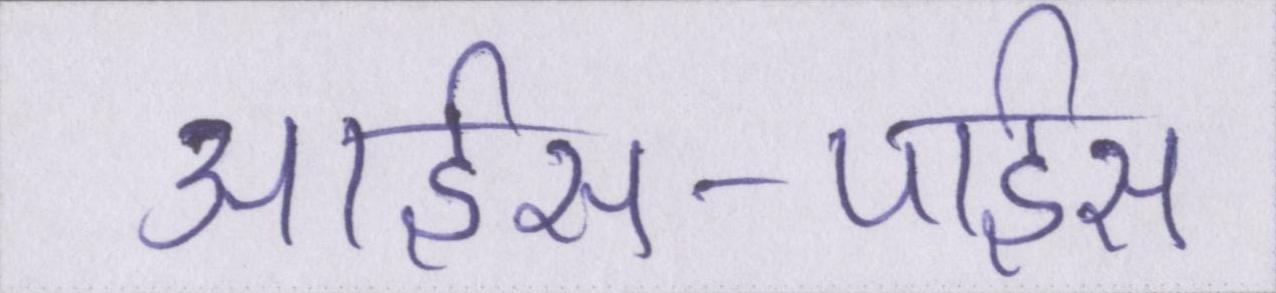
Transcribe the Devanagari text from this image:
आईस-पाईस